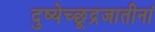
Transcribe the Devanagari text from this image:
दुष्येच्छूद्रजातीनां